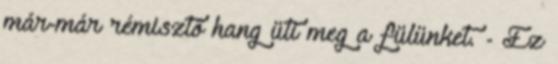
már-már rémisztő hang üti meg a fülünket. - Ez